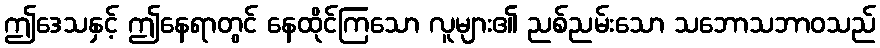
ဤဒေသနှင့် ဤနေရာတွင် နေထိုင်ကြသော လူများ၏ ညစ်ညမ်းသော သဘောသဘာဝသည်